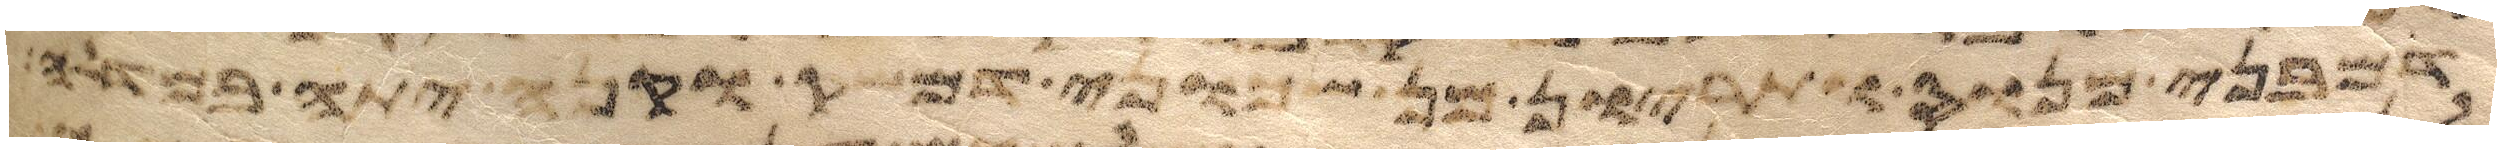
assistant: בני מררי אשר פקד משה ואהרן על פי יהוה ביד